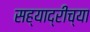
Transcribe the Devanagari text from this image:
सह्याद्रीच्‍या